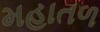
મહાતળ